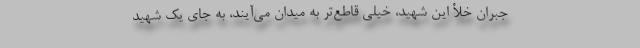
جبران خلأ این شهید، خیلی قاطع‌تر به میدان می‌آیند، به جای یک شهید